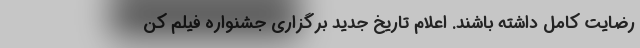
رضایت کامل داشته باشند. اعلام تاریخ جدید برگزاری جشنواره فیلم کن